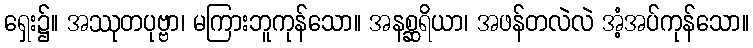
ရှေး၌။ အဿုတပုဗ္ဗာ၊ မကြားဘူကုန်သော။ အနစ္ဆရိယာ၊ အဖန်တလဲလဲ အံ့အပ်ကုန်သော။